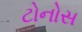
ટોનોસ